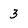
Character: 3